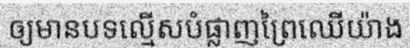
ឲ្យមានបទល្មើសបំផ្លាញព្រៃឈើយ៉ាង